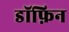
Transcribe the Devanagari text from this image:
डॉफ़िन